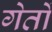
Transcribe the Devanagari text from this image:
गेतों